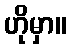
ဟိုမှာ။